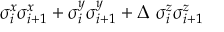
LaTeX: \sigma _ { i } ^ { x } \sigma _ { i + 1 } ^ { x } + \sigma _ { i } ^ { y } \sigma _ { i + 1 } ^ { y } + \Delta ~ \sigma _ { i } ^ { z } \sigma _ { i + 1 } ^ { z }